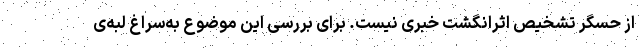
از حسگر تشخیص اثرانگشت خبری نیست. برای بررسی این موضوع به‌سراغ لبه‌ی